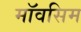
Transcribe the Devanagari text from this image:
मॉवसिम